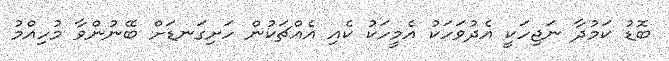
ބޮޑު ކަމުދާ ނަޖިހަކީ އެދުވަހަކު އެމީހަކު ކެއި އެއްޗަކުން ހަށިގަނޑަށް ބޭނުންވާ މުހިއްމު